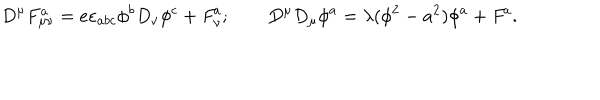
D ^ { \mu } F _ { \mu \nu } ^ { a } = e \varepsilon _ { a b c } \phi ^ { b } D _ { \nu } \phi ^ { c } + { \it F } _ { \nu } ^ { a } ; \qquad D ^ { \mu } D _ { \mu } \phi ^ { a } = \lambda ( \phi ^ { 2 } - a ^ { 2 } ) \phi ^ { a } + { \it F } ^ { a } .